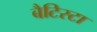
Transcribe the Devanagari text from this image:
बैटिस्टा